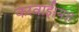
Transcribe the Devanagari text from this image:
करवाई।यह